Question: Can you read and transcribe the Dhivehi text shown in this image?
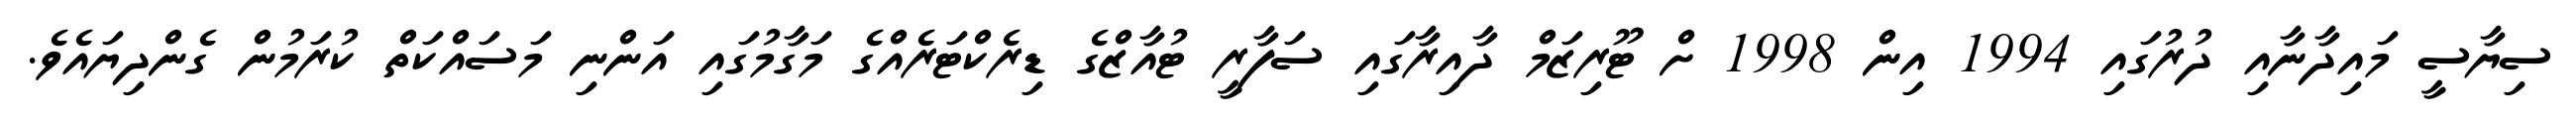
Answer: ސިޔާސީ މައިދާނާއި ދުރުގައި 1994 އިން 1998 ށް ޓޫރިޒަމް ދާއިރާގައި ސަފާރީ ޓުއާޒްގެ ޑިރެކްޓަރެއްގެ މަގާމުގައި އަންނި މަސައްކަތް ކުރަމުން ގެންދިޔައެވެ.